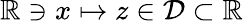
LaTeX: \mathbb{R}\ni x\mapsto z\in\mathcal{D}\subset\mathbb{R}